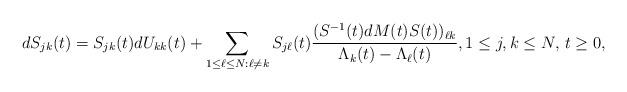
LaTeX: \begin{align*} dS_{j k}(t) = S_{j k}(t) dU_{kk}(t) + \sum_{1 \leq \ell \leq N: \ell \neq k} S_{j \ell}(t)\dfrac{(S^{-1}(t)dM(t)S(t))_{\ell k}}{\Lambda_k(t)-\Lambda_{\ell}(t)},1 \leq j, k \leq N, \, t \geq 0,\end{align*}